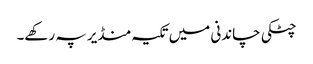
چٹکی چاندنی میں تکیہ منڈیر پہ رکھے۔